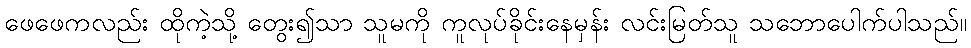
ဖေဖေကလည်း ထိုကဲ့သို့ တွေး၍သာ သူမကို ကူလုပ်ခိုင်းနေမှန်း လင်းမြတ်သူ သဘောပေါက်ပါသည်။